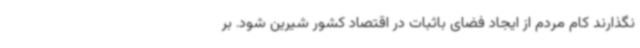
نگذارند کام مردم از ایجاد فضای باثبات در اقتصاد کشور شیرین شود. بر